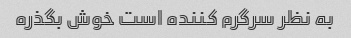
به نظر سرگرم کننده است خوش بگذره